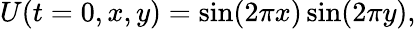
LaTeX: U(t=0,x,y)=\sin(2\pi x)\sin(2\pi y),